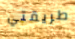
طريقتي